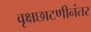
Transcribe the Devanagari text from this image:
वृक्षछाटणीनंतर